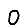
Digit: 0